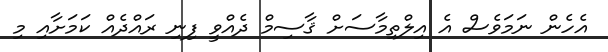
އެހެން ނަަމަވެސް އެ އިލްތިމާސަށް ޤާސިމް ދެއްވީ ފިނި ރައްދެއް ކަމަށާއި މި